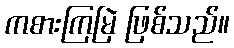
ကစားကြမြဲ ဖြစ်သည်။